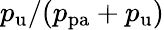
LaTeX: p_{\mathrm{u}}/(p_{\mathrm{pa}}+p_{\mathrm{u}})